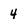
Character: 4